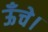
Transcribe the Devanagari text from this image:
ऊँचे।